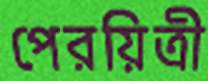
পেরয়িত্রী